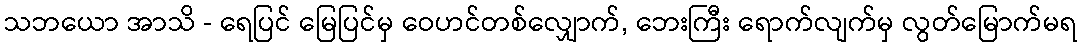
သဘယော အာသိ - ရေပြင် မြေပြင်မှ ဝေဟင်တစ်လျှောက်, ဘေးကြီး ရောက်လျက်မှ လွတ်မြောက်မရ